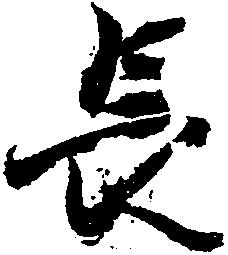
長